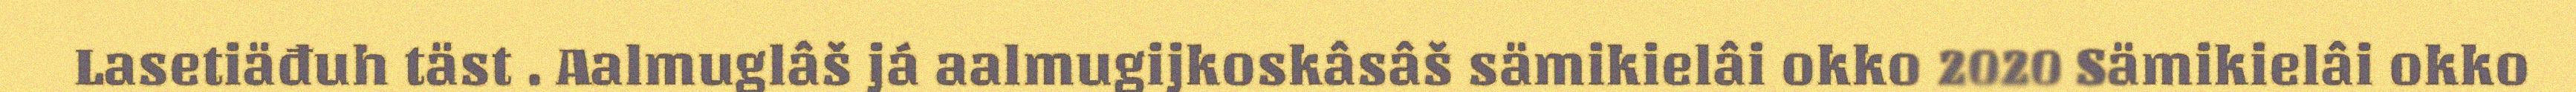
Lasetiäđuh täst . Aalmuglâš já aalmugijkoskâsâš sämikielâi okko 2020 Sämikielâi okko